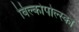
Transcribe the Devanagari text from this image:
विल्कोपोल्स्का